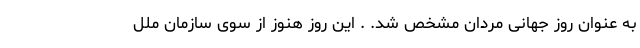
به عنوان روز جهانی مردان مشخص شد. . این روز هنوز از سوی سازمان ملل